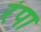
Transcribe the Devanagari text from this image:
रंपा